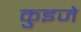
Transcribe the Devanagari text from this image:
कुइजे